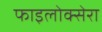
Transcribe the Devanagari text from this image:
फाइलोक्सेरा